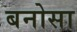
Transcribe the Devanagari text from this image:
बनोसा